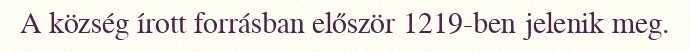
A község írott forrásban először 1219-ben jelenik meg.